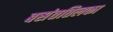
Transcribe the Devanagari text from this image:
बसंततिलका